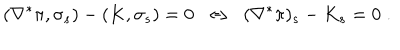
( \nabla ^ { \ast } \pi , \sigma _ { s } ) - ( K , \sigma _ { s } ) = 0 \; \; \Leftrightarrow \; \; ( \nabla ^ { \ast } \pi ) _ { s } - K _ { s } = 0 \; .